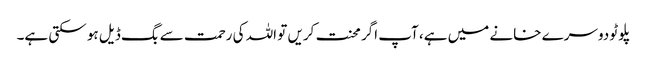
پلوٹو دوسرے خانے میں ہے، آپ اگر محنت کریں تو اللہ کی رحمت سے بگ ڈیل ہو سکتی ہے۔